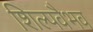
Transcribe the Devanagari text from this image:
शिल्पवैभव